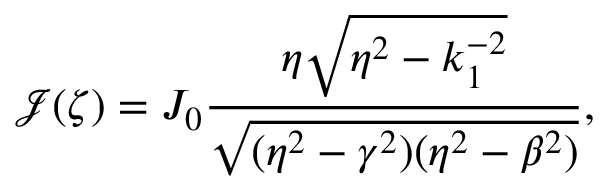
\mathcal { J } ( \zeta ) = J _ { 0 } \frac { \eta \sqrt { \eta ^ { 2 } - k _ { 1 } ^ { - 2 } } } { \sqrt { ( \eta ^ { 2 } - \gamma ^ { 2 } ) ( \eta ^ { 2 } - \beta ^ { 2 } ) } } ,